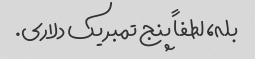
بله، لطفاً پنج تمبر یک دلاری.